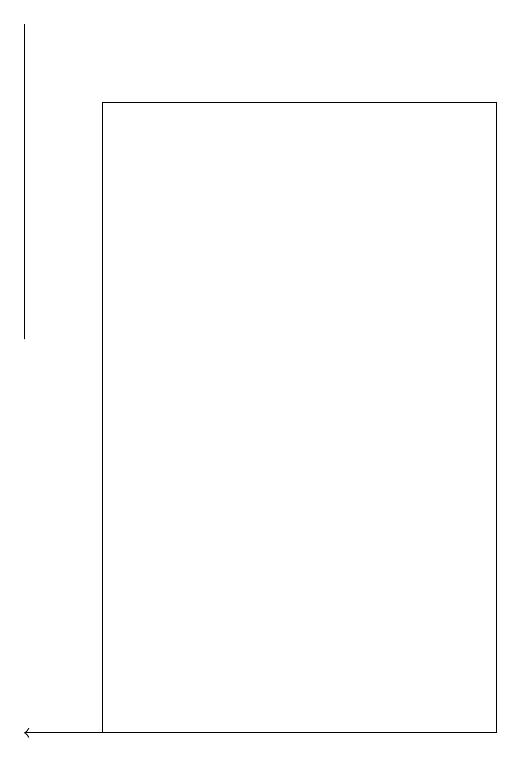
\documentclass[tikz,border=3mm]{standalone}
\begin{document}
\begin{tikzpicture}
\draw (1,18) rectangle (6,10);
\draw (0,19) rectangle (0,15);
\draw[->] (2,10) -- (0,10);
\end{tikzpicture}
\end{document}